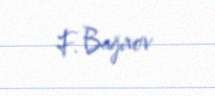
F. Bağırov